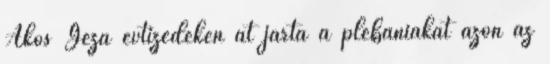
Ákos Géza évtizedeken át járta a plébániákat azon az